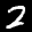
Label: 2